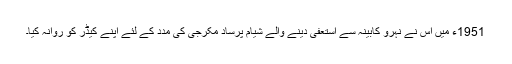
1951ء میں اس نے نہرو کابینہ سے استعفی دینے والے شیام پرساد مکرجی کی مدد کے لئے اپنے کیڈر کو روانہ کیا۔